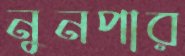
নুনপার